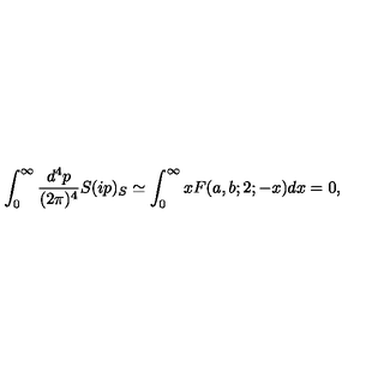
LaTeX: \int _ { 0 } ^ { \infty } \frac { d ^ { 4 } p } { ( 2 \pi ) ^ { 4 } } S ( i p ) _ { S } \simeq \int _ { 0 } ^ { \infty } x F ( a , b ; 2 ; - x ) d x = 0 ,